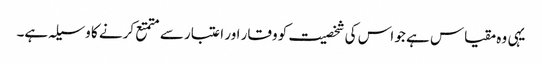
یہی وہ مقیاس ہے جو اس کی شخصیت کو وقار اور اعتبار سے متمتع کرنے کا وسیلہ ہے۔